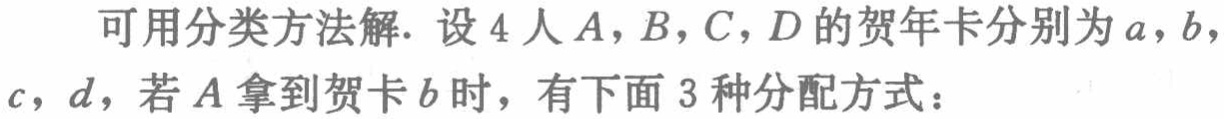
可用分类方法解. 设 4 人\(A\), \(B\), \(C\), \(D\)的贺年卡分别为\(a\), \(b\), \(c\), \(d\)，若\(A\)拿到贺卡\(b\)时，有下面 3 种分配方式：